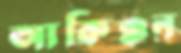
আকিঞ্চন